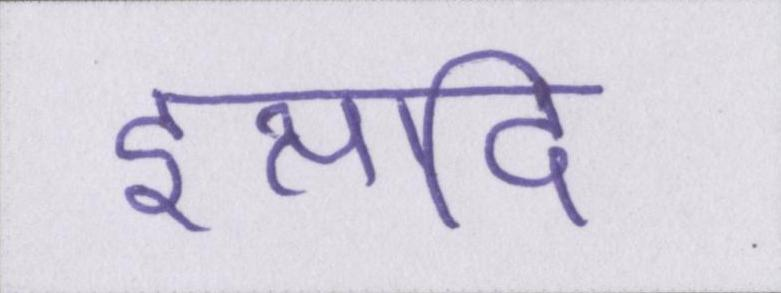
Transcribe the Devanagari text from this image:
इत्यादि